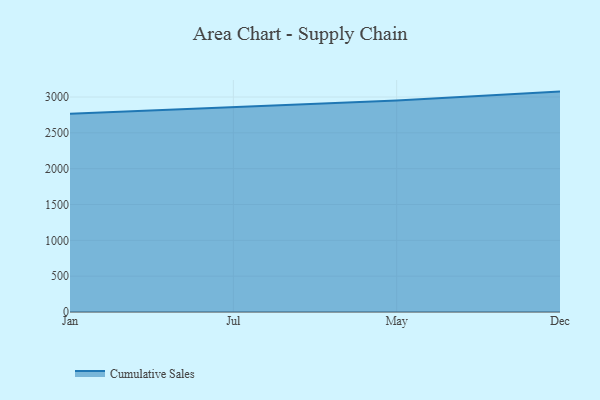
{"axis": {"x": "Month", "y": "Active Users"}, "legend": ["Cumulative Sales"], "data": [{"x": "Jan", "y": 2765.5, "type": "Cumulative Sales"}, {"x": "Jul", "y": 2855.6, "type": "Cumulative Sales"}, {"x": "May", "y": 2950.4, "type": "Cumulative Sales"}, {"x": "Dec", "y": 3075.5, "type": "Cumulative Sales"}]}